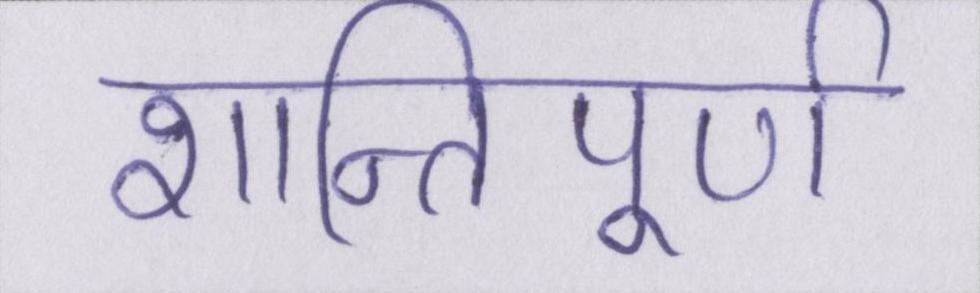
शान्तिपूर्ण